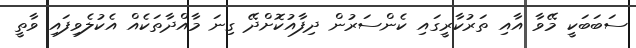
ސަބަބަކީ މޭވާ އާއި ތަރުކާރީގައި ކެންސަރުން ދިފާއުކޮށްދޭ ގިނަ މާއްދާތަކެއް އެކުލެވިފައި ވާތީ